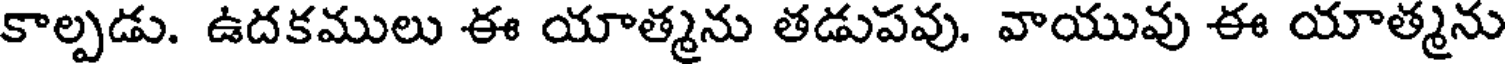
కాల్పడు. ఉదకములు ఈ యాత్మను తడుపవు. వాయువు ఈ యాత్మను